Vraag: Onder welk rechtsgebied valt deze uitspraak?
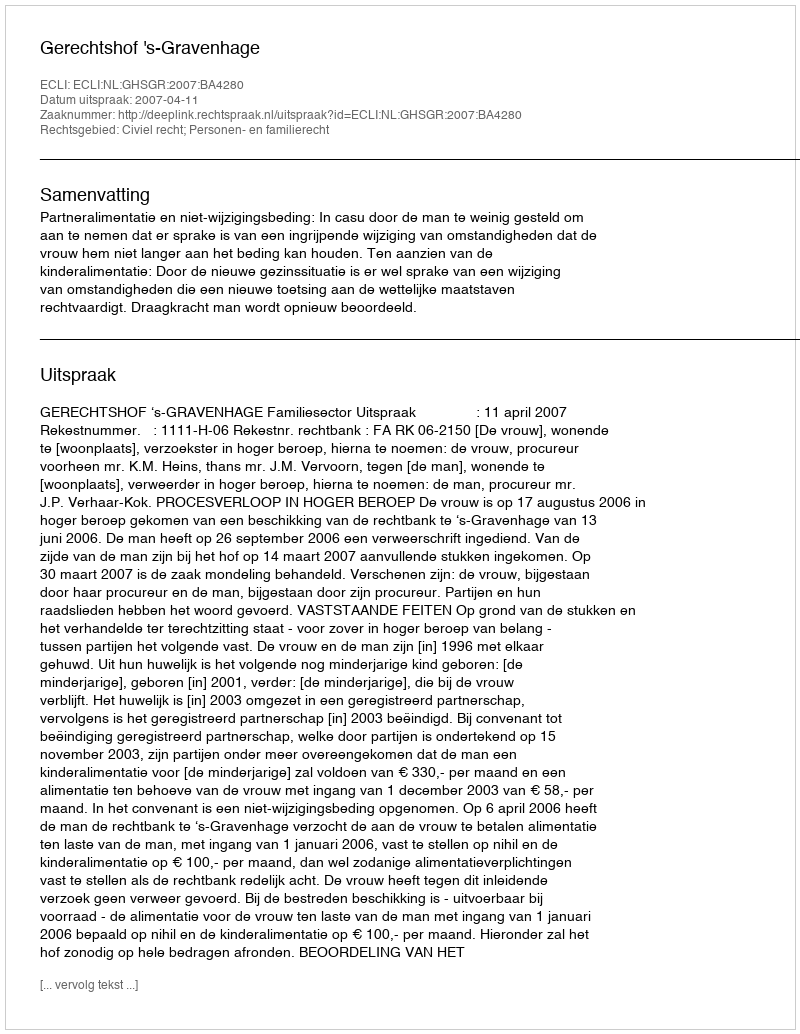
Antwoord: Civiel recht; Personen- en familierecht